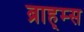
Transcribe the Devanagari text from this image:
ब्राह्म्स